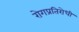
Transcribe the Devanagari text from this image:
रोगप्रतिरोधी